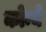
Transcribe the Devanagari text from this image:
कोन्ये